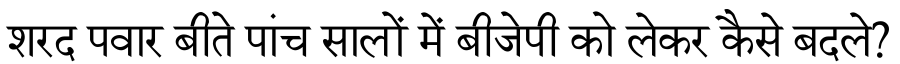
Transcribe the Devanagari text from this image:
शरद पवार बीते पांच सालों में बीजेपी को लेकर कैसे बदले?